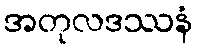
အတုလဒဿနံ